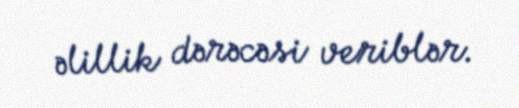
əlillik dərəcəsi veriblər.